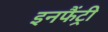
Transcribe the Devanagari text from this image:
इनफैंट्री